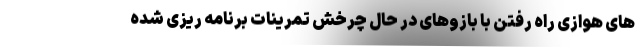
های هوازی راه رفتن با بازوهای در حال چرخش تمرینات برنامه ریزی شده